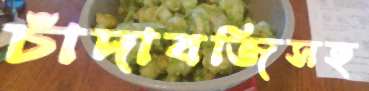
চাঁদাবজিসহ